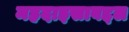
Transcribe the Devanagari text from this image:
महदाइसाबद्दल